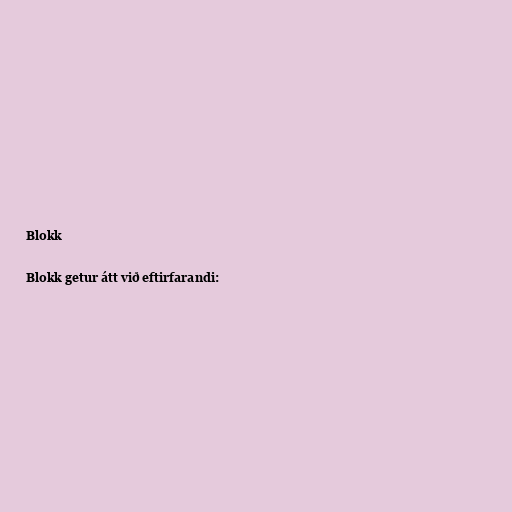
Blokk

Blokk getur átt við eftirfarandi: